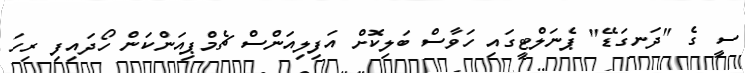
ސީ ގެ "ދަނގަޑޭ" ޕެނަލްޓީގައި ހަވާސް ބަލިކޮށް އަފިލިއަންސް ޗެމްޕިއަންކަން ހޯދައިފި ރިހަ